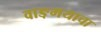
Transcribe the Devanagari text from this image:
वाङ़मयाचा